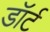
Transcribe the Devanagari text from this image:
डॉर्ट